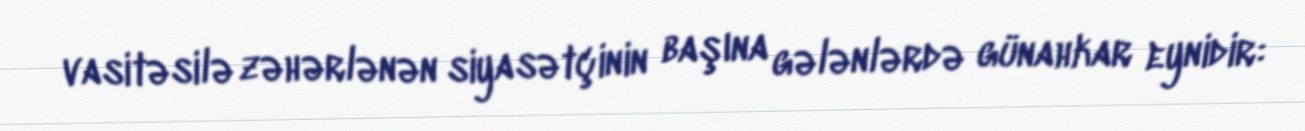
vasitəsilə zəhərlənən siyasətçinin başına gələnlərdə günahkar eynidir: